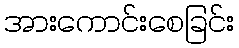
အားကောင်းစေခြင်း